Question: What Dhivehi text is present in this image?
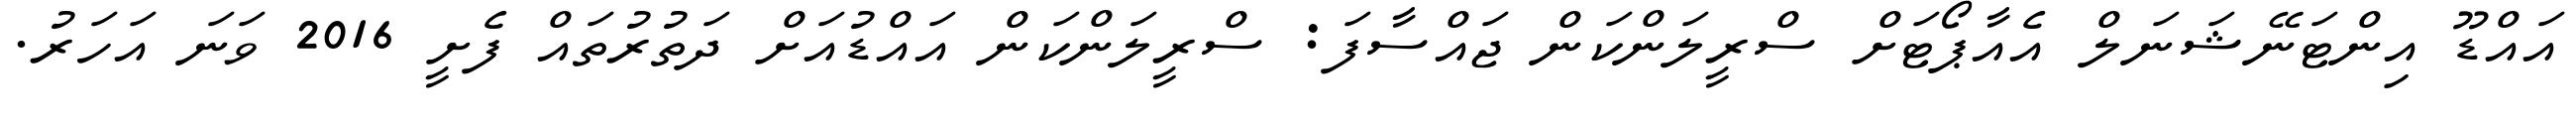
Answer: އައްޑޫ އިންޓަނޭޝަނަލް އެއާޕޯޓަށް ސްރީލަންކަން ޖައްސާފަ: ސްރީލަންކަން އައްޑުއަށް ދަތުރުތައް ފެށީ 2016 ވަނަ އަހަރު.